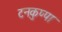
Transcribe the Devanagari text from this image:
टनकुप्पा